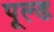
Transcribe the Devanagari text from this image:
पूल्ड